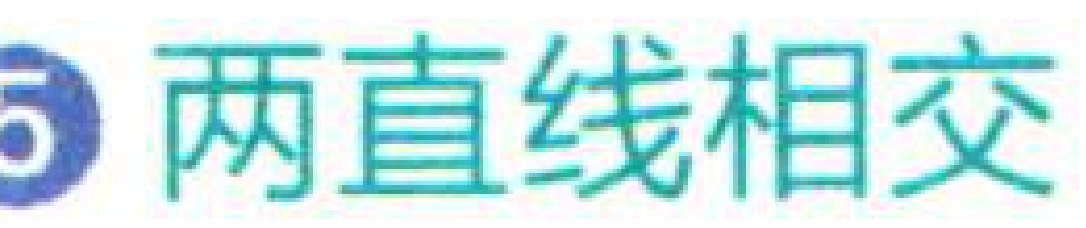
两直线相交